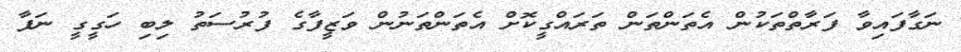
ނަގާފައިވާ ފަރާތްތަކުން އެތަންތަން ތަރައްގީކޮށް އެތަންތަނުން ވަޒީފާގެ ފުރުސަތު ލިބި ހަގީގީ ނަފާ